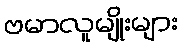
ဗမာလူမျိုးများ